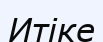
Итіке